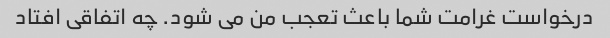
درخواست غرامت شما باعث تعجب من می شود. چه اتفاقی افتاد